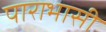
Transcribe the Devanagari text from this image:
पाराभासी